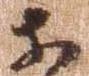
等